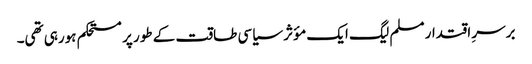
برسرِ اقتدار مسلم لیگ ایک مؤثر سیاسی طاقت کے طور پر مستحکم ہورہی تھی۔